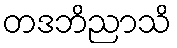
တဒဘိညာသိ